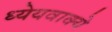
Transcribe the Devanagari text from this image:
ध्येयवाक्ये